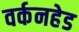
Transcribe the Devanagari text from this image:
वर्कनहेड